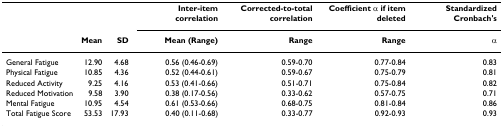
|  |  |  | Inter-item correlation | Corrected-to-total correlation | Coefficient α if item deleted | Standardized Cronbach's |
 |  | Mean | SD | Mean (Range) | Range | Range | α |
 | --- | --- | --- | --- | --- | --- | --- |
 | General Fatigue | 12.90 | 4.68 | 0.56 (0.46-0.69) | 0.59-0.70 | 0.77-0.84 | 0.83 |
 | Physical Fatigue | 10.85 | 4.36 | 0.52 (0.44-0.61) | 0.59-0.67 | 0.75-0.79 | 0.81 |
 | Reduced Activity | 9.25 | 4.16 | 0.53 (0.41-0.66) | 0.51-0.71 | 0.75-0.84 | 0.82 |
 | Reduced Motivation | 9.58 | 3.90 | 0.38 (0.17-0.56) | 0.33-0.62 | 0.57-0.75 | 0.71 |
 | Mental Fatigue | 10.95 | 4.54 | 0.61 (0.53-0.66) | 0.68-0.75 | 0.81-0.84 | 0.86 |
 | Total Fatigue Score | 53.53 | 17.93 | 0.40 (0.11-0.68) | 0.33-0.77 | 0.92-0.93 | 0.93 |